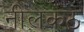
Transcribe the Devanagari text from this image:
नीलकठ